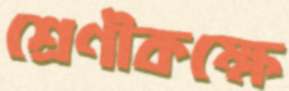
শ্রেণীকক্ষে